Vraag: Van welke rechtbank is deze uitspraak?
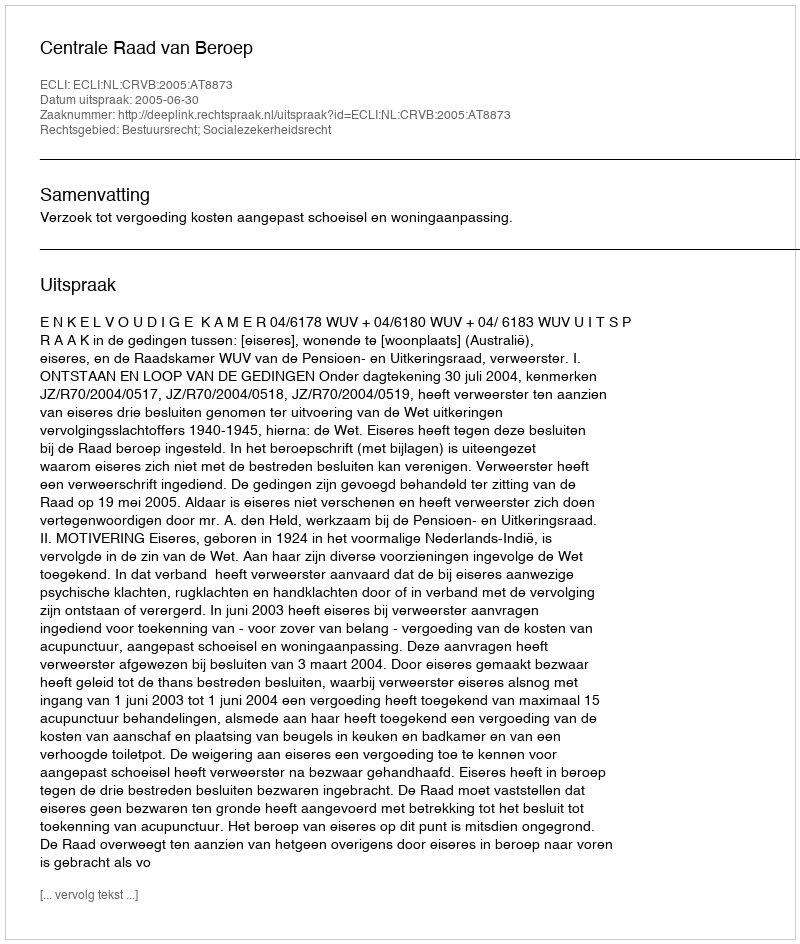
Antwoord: Centrale Raad van Beroep